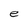
Character: e